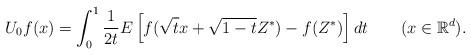
LaTeX: \begin{align*}U_0f(x)=\int_0^1\frac{1}{2t}E\left[f(\sqrt{t}x+\sqrt{1-t}Z^*)-f(Z^*)\right]dt\qquad(x\in\mathbb{R}^d).\end{align*}